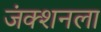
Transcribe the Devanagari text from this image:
जंक्शनला